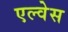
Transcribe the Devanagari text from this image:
एल्वेस